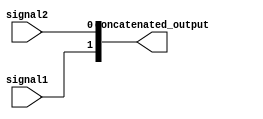
module concatenation_assign(
    input wire signal1,
    input wire signal2,
    output wire [1:0] concatenated_output
);

assign concatenated_output = {signal1, signal2};

endmodule